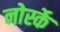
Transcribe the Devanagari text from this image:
नोर्स्के